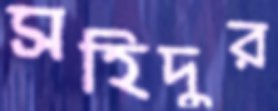
সহিদুর